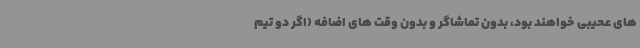
های عحیبی خواهند بود، بدون تماشاگر و بدون وقت های اضافه (اگر دو تیم